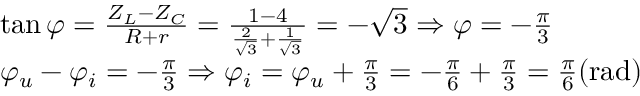
\begin{array} { r l } & { \tan \varphi = \frac { Z _ { L } - Z _ { C } } { R + r } = \frac { 1 - 4 } { \frac { 2 } { \sqrt { 3 } } + \frac { 1 } { \sqrt { 3 } } } = - \sqrt { 3 } \Rightarrow \varphi = - \frac { \pi } { 3 } } \\ & { \varphi _ { u } - \varphi _ { i } = - \frac { \pi } { 3 } \Rightarrow \varphi _ { i } = \varphi _ { u } + \frac { \pi } { 3 } = - \frac { \pi } { 6 } + \frac { \pi } { 3 } = \frac { \pi } { 6 } ( \mathrm { r a d } ) } \end{array}